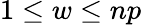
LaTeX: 1\le w\le np